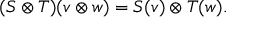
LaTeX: ( S \otimes T ) ( v \otimes w ) = S ( v ) \otimes T ( w ) .